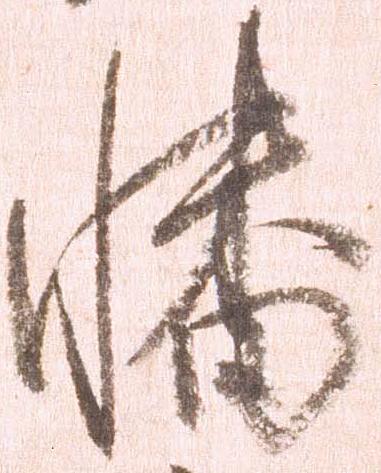
幡